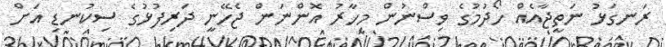
ރަނގަޅު ނަތީޖާއެއް ހޯދުމުގެ ވިސްނުން މިހާރު އޮންނަން ޖެހޭނީ ދަރިފުޅުގެ ސިކުނޑި އަށް